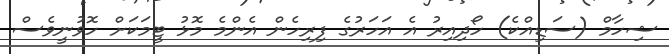
ޝިހާމް (ސަޑިއްކެ) ހޯދިއިރު އެ އަހަރުގެ ފިރިހެން އެންމެ މޮޅު ޓީމަކަށް ހޮވުނީވެސް